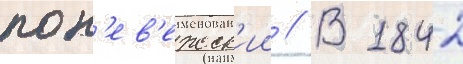
пон'ев'ежск'ии // В 1842